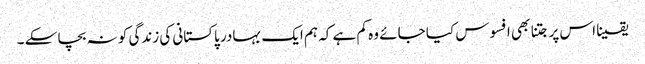
یقینا اس پر جتنا بھی افسوس کیا جائے وہ کم ہے کہ ہم ایک بہادر پاکستانی کی زندگی کو نہ بچا سکے ۔